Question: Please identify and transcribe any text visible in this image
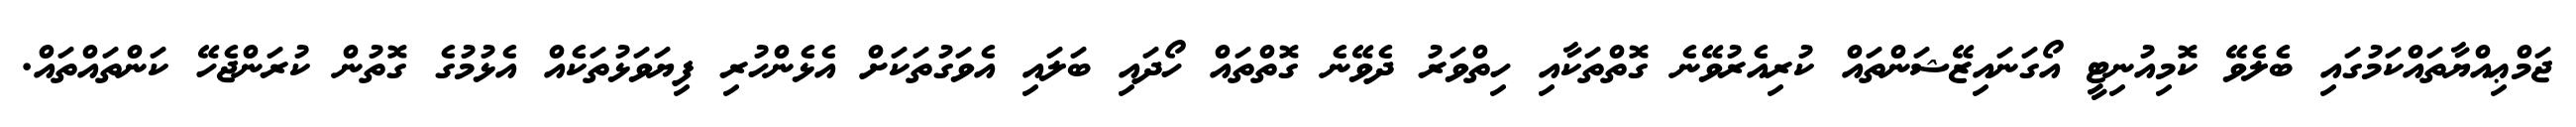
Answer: ޖަމްޢިއްޔާތައްކަމުގައި ބެލެވޭ ކޮމިއުނިޓީ އޯގަނައިޒޭޝަންތައް ކުރިއެރުވޭނެ ގޮތްތަކާއި ހިތްވަރު ދެވޭނެ ގޮތްތައް ހޯދައި ބަލައި އެވަގުތަކަށް އެޅެންހުރި ފިޔަވަޅުތަކެއް އެޅުމުގެ ގޮތުން ކުރަންޖެހޭ ކަންތައްތައް.